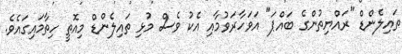
ތައިލެންޑް "ރައްޔިތުންގެ ބައްޕަ" އަވަހާރަވުމާއި އެކު ވެސް މުޅި ތައިލެންޑް މިއޮތީ ހިތާމައިގައެވެ.